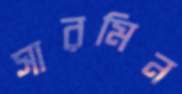
সারমিন